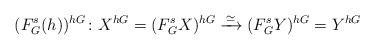
\begin{align*}(F^s_G(h))^{hG} \colon X^{hG} = (F^s_GX)^{hG} \xrightarrow{\,\simeq\,} (F^s_GY)^{hG} = Y^{hG}\end{align*}